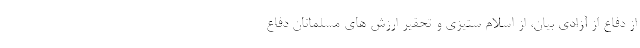
از دفاع از آزادی بیان، از اسلام ستیزی و تحقیر ارزش های مسلمانان دفاع